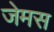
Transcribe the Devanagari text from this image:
जेमस